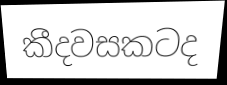
කීදවසකටද